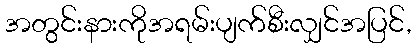
အတွင်းနားကိုအရမ်းပျက်စီးလျှင်အပြင်,